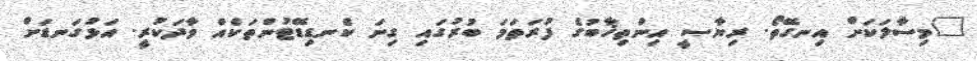
"މިސާލަކަށް އިނގޭތޯ. ރިޔާސީ އިންތިޚާބުގެ ފުރަތަމަ ބުރުގައި ގިނަ ކެނޑިޑޭޓުންތަކެއް ވާދަކުރީ. އަޅުގަނޑަށް